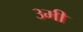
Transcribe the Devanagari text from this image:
३मी